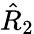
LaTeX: \hat{R}_{2}